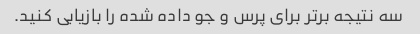
سه نتیجه برتر برای پرس و جو داده شده را بازیابی کنید.